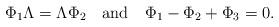
LaTeX: \begin{align*} \Phi_1 \Lambda=\Lambda \Phi_2\quad \mbox{and}\quad \Phi_1-\Phi_2+\Phi_3=0.\end{align*}